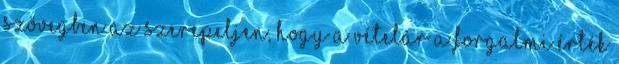
szövegben az szerepeljen, hogy a vételár a forgalmi érték